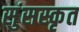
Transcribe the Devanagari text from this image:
सुंसस्कृत